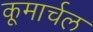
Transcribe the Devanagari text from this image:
कूमार्चल